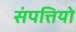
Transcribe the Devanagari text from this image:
संपत्तियो